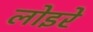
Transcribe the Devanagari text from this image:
लोइरे